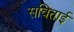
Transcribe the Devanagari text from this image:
सविताई